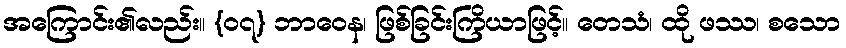
အကြောင်း၏လည်း။ {၀၇} ဘာဝေန၊ ဖြစ်ခြင်းကြိယာဖြင့်။ တေသံ၊ ထို ဖဿ၊ စသော